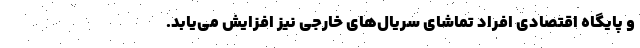
و پایگاه اقتصادی افراد تماشای سریال‌های خارجی نیز افزایش می‌یابد.